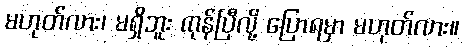
မဟုတ်လား၊ မရှိဘူး ကုန်ပြီလို့ ပြောရမှာ မဟုတ်လား။